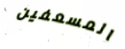
المسعفين